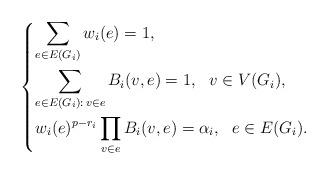
LaTeX: \begin{align*}\begin{dcases}\sum_{e\in E(G_i)}w_i(e)=1,\\\sum_{e\in E(G_i):\,v\in e}B_i(v,e)=1,\ \ v\in V(G_i),\\w_i(e)^{p-r_i}\prod_{v\in e}B_i(v,e)=\alpha_i,\ \ e\in E(G_i).\end{dcases}\end{align*}